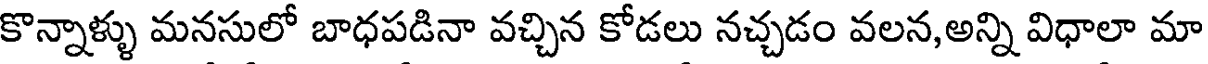
కొన్నాళ్ళు మనసులో బాధపడినా వచ్చిన కోడలు నచ్చడం వలన, అన్ని విధాలా మా